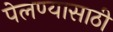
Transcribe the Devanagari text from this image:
पेलण्‍यासाठी